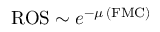
\mathrm { R O S } \sim e ^ { - \mu \, ( \mathrm { { F M C } ) } }